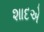
શાદએ